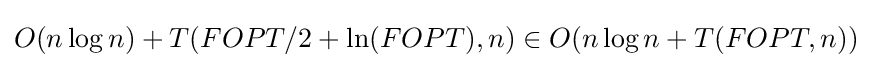
O(n\log n)+T(FOPT/2+\ln(FOPT),n)\in O(n\log {n}+T(FOPT,n))